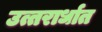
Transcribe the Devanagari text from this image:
उत्तरार्धात